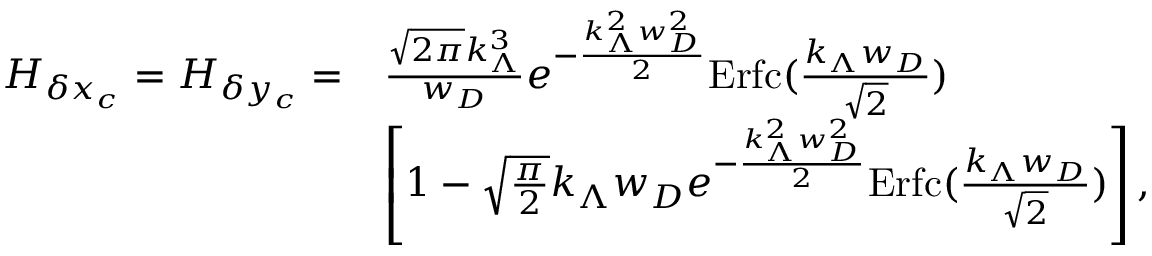
\begin{array} { r l } { H _ { \delta x _ { c } } = H _ { \delta y _ { c } } = } & { \frac { \sqrt { 2 \pi } k _ { \Lambda } ^ { 3 } } { w _ { D } } e ^ { - \frac { k _ { \Lambda } ^ { 2 } w _ { D } ^ { 2 } } { 2 } } \mathrm { E r f c } ( \frac { k _ { \Lambda } w _ { D } } { \sqrt { 2 } } ) } \\ & { \left[ 1 - \sqrt { \frac { \pi } { 2 } } k _ { \Lambda } w _ { D } e ^ { - \frac { k _ { \Lambda } ^ { 2 } w _ { D } ^ { 2 } } { 2 } } \mathrm { E r f c } ( \frac { k _ { \Lambda } w _ { D } } { \sqrt { 2 } } ) \right] , } \end{array}